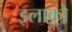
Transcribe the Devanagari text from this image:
इलाक़ो